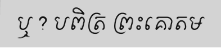
ឬ ? បពិត្រ ព្រះគោតម